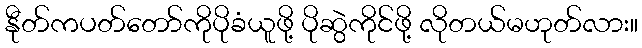
နီုတ်ကပတ်တော်ကိုပိုခံယူဖို့ ပိုဆွဲကိုင်ဖို့ လိုတယ်မဟုတ်လား။